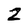
Character: Z